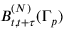
B _ { t , t + \tau } ^ { ( N ) } ( \Gamma _ { p } )